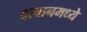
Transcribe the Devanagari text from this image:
दरबानमध्ये